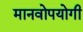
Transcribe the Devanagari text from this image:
मानवोपयोगी